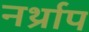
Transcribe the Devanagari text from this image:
नर्थ्राप